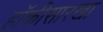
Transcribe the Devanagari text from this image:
हॉकीसारखा